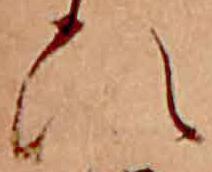
ひ